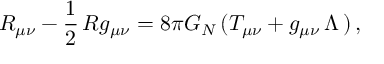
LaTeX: R _ { \mu \nu } - \frac { 1 } { 2 } \, R g _ { \mu \nu } = 8 \pi G _ { N } \, ( T _ { \mu \nu } + g _ { \mu \nu } \, \Lambda \, ) \, ,